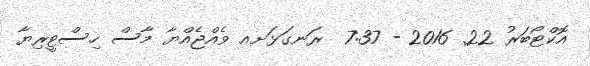
އޮކްޓޯބަރު 22